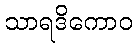
သာရဒိကောဝ